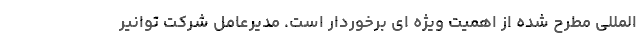
المللی مطرح شده از اهمیت ویژه ای برخوردار است. مدیرعامل شرکت توانیر